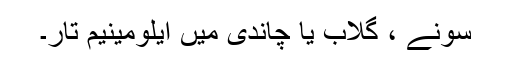
سونے ، گلاب یا چاندی میں ایلومینیم تار۔